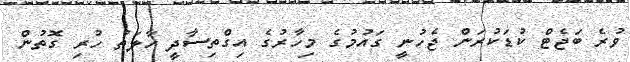
ވުރެ ބަޖެޓް ކުޑަކުރަން ޖެހުނީ ގައުމުގެ މިހާރުގެ އިގްތިސާދީ ހާލަތު ހުރި ގޮތުން